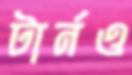
টার্নও